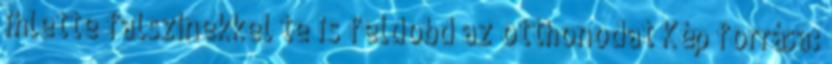
ihlette falszínekkel te is feldobd az otthonodat Kép forrása: